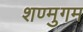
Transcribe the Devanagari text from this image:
शण्मुगम